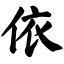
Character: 依